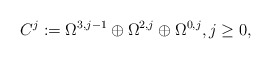
\begin{align*} C^j & := \Omega^{3,j-1}\oplus \Omega^{2,j} \oplus \Omega^{0,j}, j \geq 0,\end{align*}